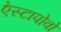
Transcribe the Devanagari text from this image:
ऐस्टापोवो